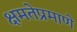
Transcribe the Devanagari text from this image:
क्षमतेप्रमाणे